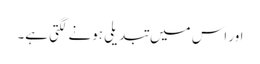
اور اس میں تبدیلی ہونے لگتی ہے۔